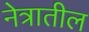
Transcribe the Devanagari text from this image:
नेत्रातील